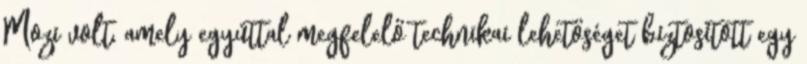
Mozi volt, amely egyúttal megfelelő technikai lehetőséget biztosított egy